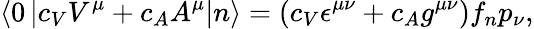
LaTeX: \left<0\left|c_{V}V^{\mu}+c_{A}A^{\mu}\right|n\right>=\left(c_{V}\epsilon^{\mu\nu}+c_{A}g^{\mu\nu}\right)f_{n}p_{\nu},